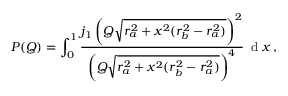
P ( Q ) = \int _ { 0 } ^ { 1 } \frac { j _ { 1 } \left( Q \sqrt { r _ { a } ^ { 2 } + x ^ { 2 } ( r _ { b } ^ { 2 } - r _ { a } ^ { 2 } ) } \right) ^ { 2 } } { \left( Q \sqrt { r _ { a } ^ { 2 } + x ^ { 2 } ( r _ { b } ^ { 2 } - r _ { a } ^ { 2 } ) } \right) ^ { 4 } } \, \mathrm { ~ d ~ } x \, ,